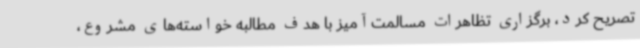
تصریح کرد، برگزاری تظاهرات مسالمت‌آمیز با هدف مطالبه خواسته‌های مشروع،